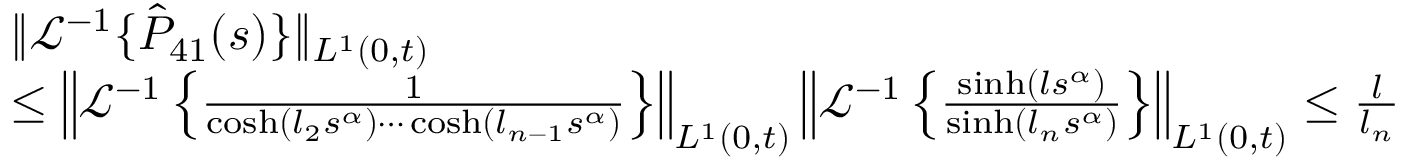
\begin{array} { r l } & { \| \mathcal { L } ^ { - 1 } \{ \hat { P } _ { 4 1 } ( s ) \} \| _ { L ^ { 1 } ( 0 , t ) } } \\ & { \leq \left\| \mathcal { L } ^ { - 1 } \left\{ \frac { 1 } { \cosh ( l _ { 2 } s ^ { \alpha } ) \cdots \cosh ( l _ { n - 1 } s ^ { \alpha } ) } \right\} \right\| _ { L ^ { 1 } ( 0 , t ) } \left\| \mathcal { L } ^ { - 1 } \left\{ \frac { \sinh ( l s ^ { \alpha } ) } { \sinh ( l _ { n } s ^ { \alpha } ) } \right\} \right\| _ { L ^ { 1 } ( 0 , t ) } \leq \frac { l } { l _ { n } } } \end{array}